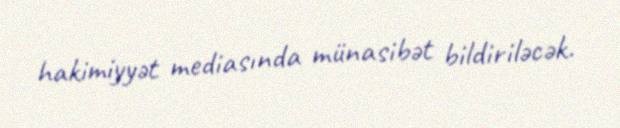
hakimiyyət mediasında münasibət bildiriləcək.